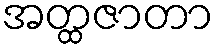
အတ္ထဇာတာ